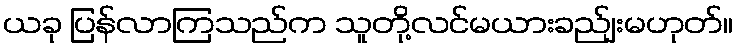
ယခု ပြန်လာကြသည်က သူတို့လင်မယားခည်ျးမဟုတ်။